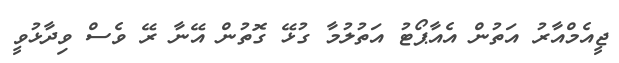
ޖީއެމްއާރު އަތުން އެއާޕޯޓު އަތުލުމާ ގުޅޭ ގޮތުން އޭނާ ރޭ ވެސް ވިދާޅުވީ